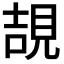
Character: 𧠯